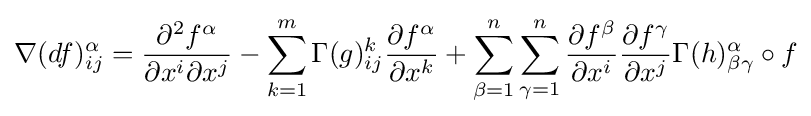
\nabla (df)_{ij}^{\alpha }={\frac {\partial ^{2}f^{\alpha }}{\partial x^{i}\partial x^{j}}}-\sum _{k=1}^{m}\Gamma (g)_{ij}^{k}{\frac {\partial f^{\alpha }}{\partial x^{k}}}+\sum _{\beta =1}^{n}\sum _{\gamma =1}^{n}{\frac {\partial f^{\beta }}{\partial x^{i}}}{\frac {\partial f^{\gamma }}{\partial x^{j}}}\Gamma (h)_{\beta \gamma }^{\alpha }\circ f